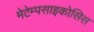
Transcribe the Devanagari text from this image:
मेटेम्पसाइकोसिस